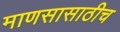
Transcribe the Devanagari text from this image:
माणसासाठीच